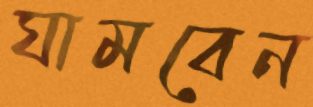
ঘামবেন